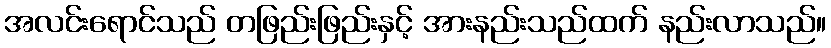
အလင်းရောင်သည် တဖြည်းဖြည်းနှင့် အားနည်းသည်ထက် နည်းလာသည်။